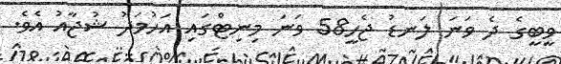
ވީބީގެ ދެ ވަނަ ލަނޑު ޖެހީ58 ވަނަ މިނިޓްގައި އަހުމަދު ޝުޖާއު އެވެ.